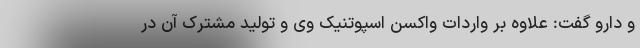
و دارو گفت: علاوه بر واردات واکسن اسپوتنیک وی و تولید مشترک آن در